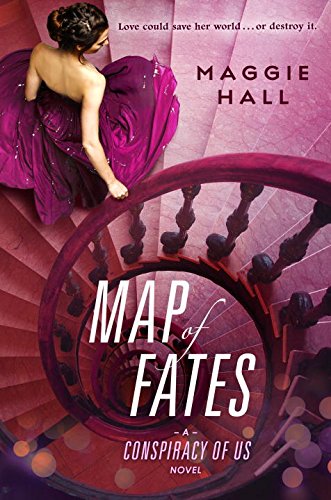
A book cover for Map of Fates; Maggie Hall; Teen & Young Adult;